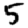
Digit: 5